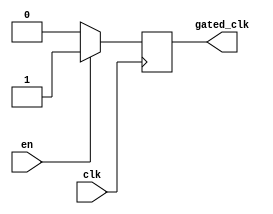
module clock_gating_buffer (
    input  wire clk,        // Main clock signal
    input  wire en,         // Enable signal
    output wire gated_clk   // Gated clock signal
);

    // Intermediate signal to hold the gated clock
    reg gated_clk_reg;

    // Clock gating logic
    always @(posedge clk) begin
        if (en) begin
            gated_clk_reg <= 1'b1; // Allow clock to pass through
        end else begin
            gated_clk_reg <= 1'b0;  // Gate clock off
        end
    end
    
    // Output assigned from the register
    assign gated_clk = gated_clk_reg;

endmodule